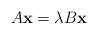
LaTeX: \begin{align*}A{\bf x} = \lambda B{\bf x}\end{align*}